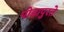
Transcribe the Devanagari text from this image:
पोडापुरते